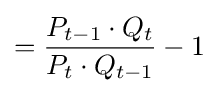
={\frac {P_{t-1}\cdot Q_{t}}{P_{t}\cdot Q_{t-1}}}-1